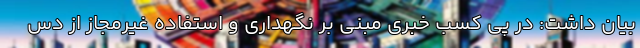
بیان داشت: در پی کسب خبری مبنی بر نگهداری و استفاده غیرمجاز از دس